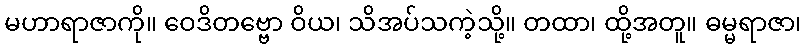
မဟာရာဇာကို။ ဝေဒိတဗ္ဗော ဝိယ၊ သိအပ်သကဲ့သို့။ တထာ၊ ထို့အတူ။ ဓမ္မရာဇာ၊